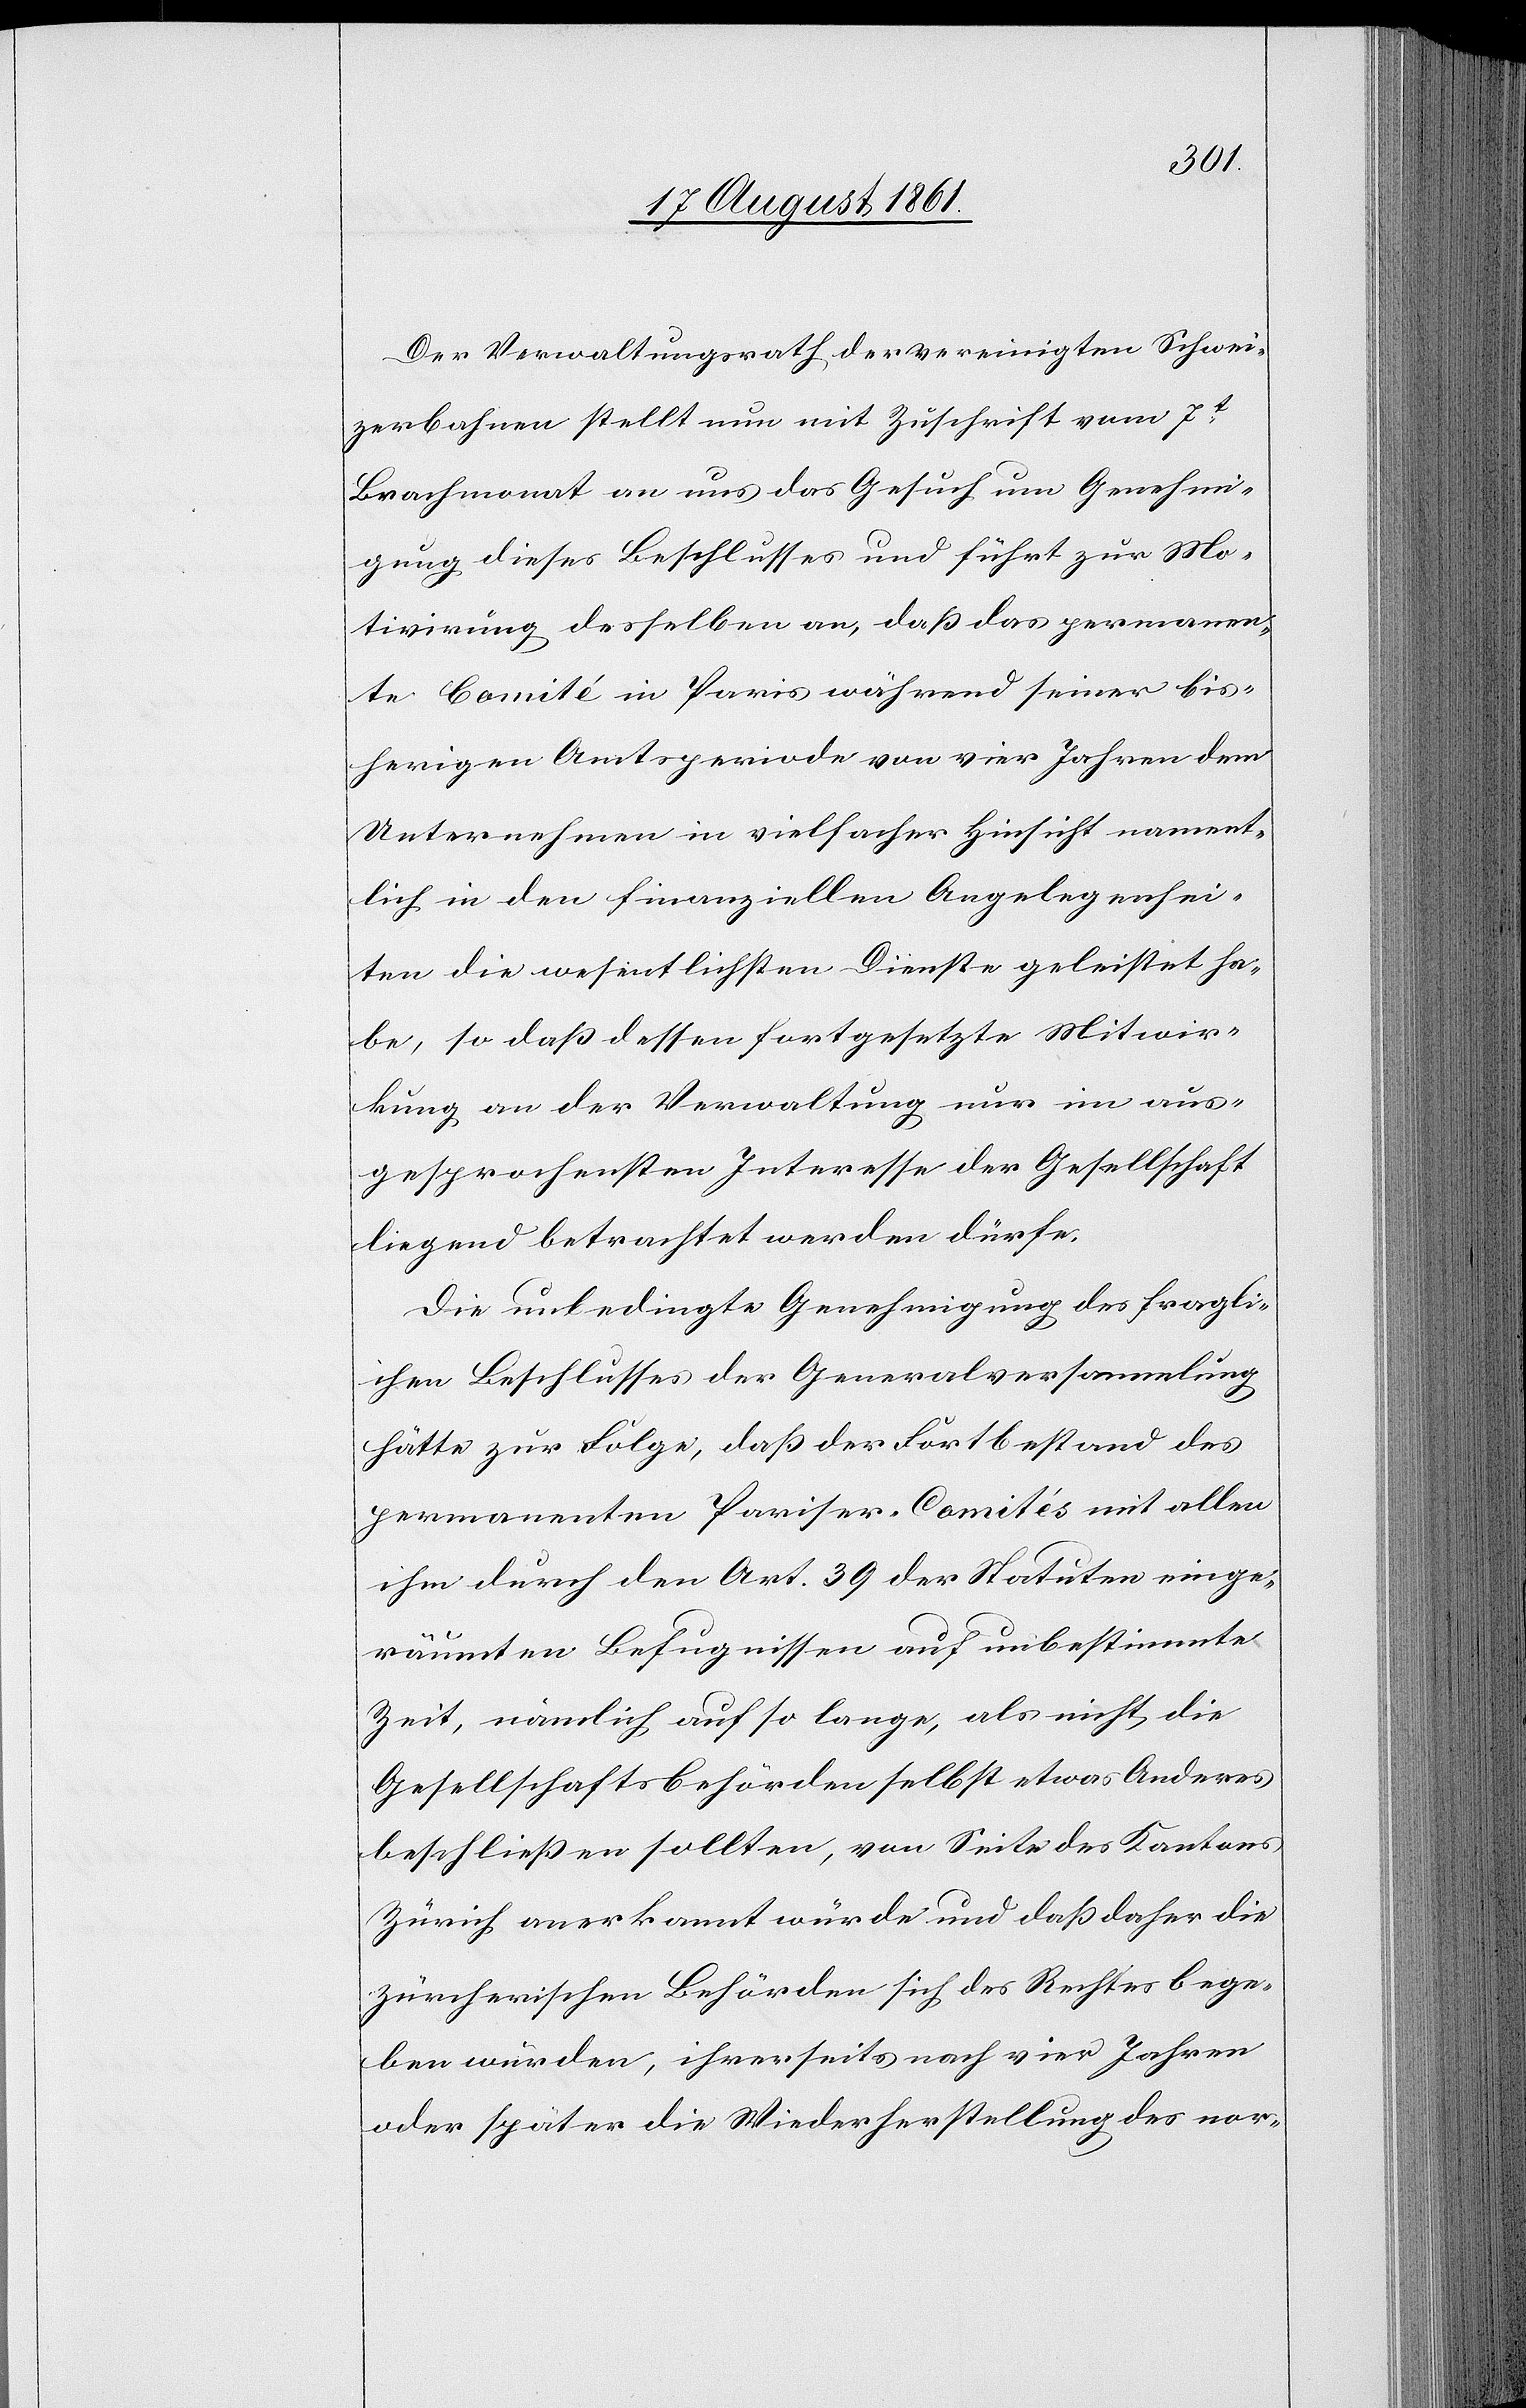
Der Verwaltungsrath der vereinigten Schwei¬
zerbahnen stellt nun mit Zuschrift vom 7t
Brachmonat an uns das Gesuch um Genehmi¬
gung dieses Beschlusses und führt zur Mo¬
tivirung desselben an, daß das permanen¬
te Comité in Paris während seiner bs¬
iherigen Amtsperiode von vier Jahren dem
Unternehmen in vielfacher Hinsicht nament¬
lich in den finanziellen Angelegenhei¬
ten die wesentlichsten Dienste geleistet ha¬
be, so daß dessen fortgesetzte Mitwir¬
kung an der Verwaltung nur im aus¬
gesprochensten Interesse der Gesellschaft
liegend betrachtet werden dürfe.
Die unbedingte Genehmigung des fragli¬
chen Beschlusses der Generalversammlung
hätte zur Folge, daß der Fortbestand des
permanenten Pariser-Comités mit allen
ihm durch den Art. 39 der Statuten einge¬
räumten Befugnissen auf unbestimmte
Zeit, nämlich auf so lange, als nicht die
Gesellschaftsbehörden selbst etwas Anderes
beschließen sollten, von Seite des Kantons
Zürich anerkannt würde und daß daher die
zürcherischen Behörden sich des Rechtes bege¬
ben würden, ihrerseits nach vier Jahren
oder später die Wiederherstellung des nor-